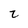
Character: z